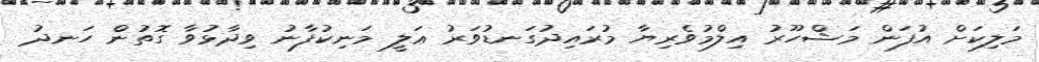
މަލިކަށް އުފަން މަޝްހޫރު އިލްމުވެރިޔާ މުރައިދުގަނޑުވަރު ޢަލީ މަނިކުފާނު ވިދާޅުވާ ގޮތުން ހަނދު